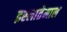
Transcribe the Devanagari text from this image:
इस्लातेमाल